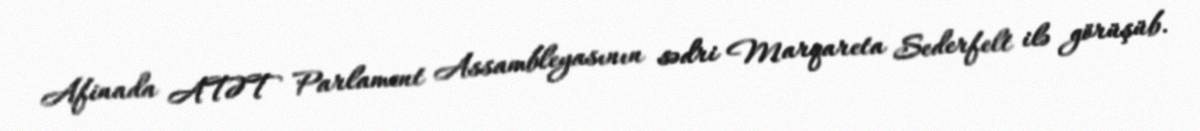
Afinada ATƏT Parlament Assambleyasının sədri Marqareta Sederfelt ilə görüşüb.